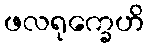
ဖလရုက္ခေဟိ